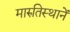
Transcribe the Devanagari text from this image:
मारुतिस्थानें